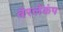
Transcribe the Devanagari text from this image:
बेरलेकंप